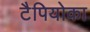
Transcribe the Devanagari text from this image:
टैपियोका